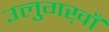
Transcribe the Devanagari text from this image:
उलुगख़ाँ